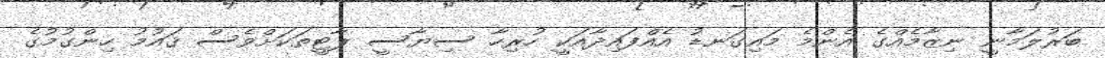
ބަރުލަމާނީ ނިޒާމެއްގެ އެންމެ މައިގަނޑު އެއްފައިދާއަކީ ހުރިހާ ސިޔާސީ ޕާޓީތަކަށްވެސް ޤައުމު ހިންގުމުގެ